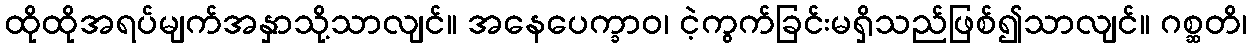
ထိုထိုအရပ်မျက်အနှာသို့သာလျင်။ အနေပေက္ခာဝ၊ ငဲ့ကွက်ခြင်းမရှိသည်ဖြစ်၍သာလျင်။ ဂစ္ဆတိ၊